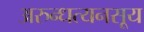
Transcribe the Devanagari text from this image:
अरुन्धत्यनसूय